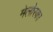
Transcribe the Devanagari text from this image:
मेलोरका